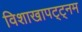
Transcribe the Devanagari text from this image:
विशाखापट्ट्नम